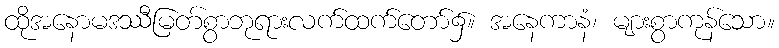
ထိုအနောမဒဿီမြတ်စွာဘုရားလက်ထက်တော်၌။ အနေကာနံ၊ များစွာကုန်သော။